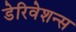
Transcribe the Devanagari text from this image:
डेरिवेशन्स